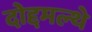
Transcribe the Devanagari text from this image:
दोद्दमल्थे